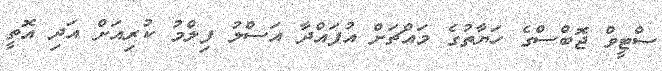
ސްޓީވް ޖޮބްސްގެ ހަޔާތުގެ މައްޗަށް އުފައްދާ އަސްލު ފިލްމު ކުރިއަށް އަދި އޮތީ